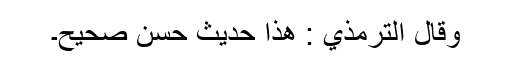
وَقَالَ التِّرْمِذِيُّ : ھٰذَا حَدِیْثٌ حَسَنٌ صَحِیْحٌ۔